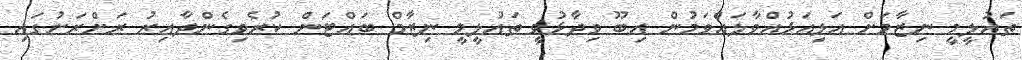
ތައުލީމީ ނިޒާމަށް އަލިއަޅުއްވާލައްވަމުން އިބޫ ވިދާޅުވީ ތައުލީމީ ނިޒާމް ބައްޓަން ކުރެވިގެންދާއިރު ރަށްރަށުގައި